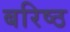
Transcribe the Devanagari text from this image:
बरिष्ठ